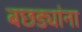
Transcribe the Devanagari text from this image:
बछड्यांना